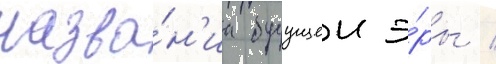
назва́н'иа будущеи э́ры /